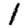
Digit: 1